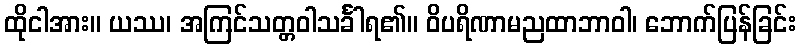
ထိုငါအား။ ယဿ၊ အကြင်သတ္တဝါသင်္ခါရ၏။ ဝိပရိဏာမညထာဘာဝါ၊ ဘောက်ပြန်ခြင်း